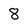
Character: 8